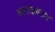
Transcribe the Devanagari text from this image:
ब्लाइन्डर